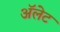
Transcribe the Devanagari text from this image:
ॲलेट